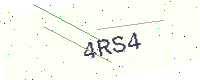
Text: 4RS4